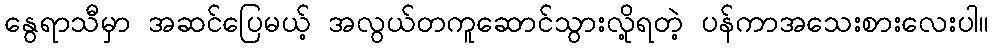
နွေရာသီမှာ အဆင်ပြေမယ့် အလွယ်တကူဆောင်သွားလို့ရတဲ့ ပန်ကာအသေးစားလေးပါ။